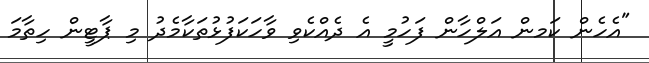
"އެހެން ކަމން އަލްހާން ފަހުމީ އެ ދެއްކެވި ވާހަކަފުޅުތަކާމެދު މި ޕާޓީން ހިތާމަ